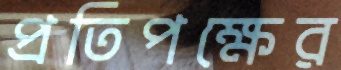
প্রতিপক্ষের